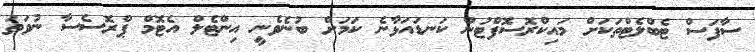
ސާފަސް ޓެބްލެޓްތަކަށް މައިކްރޮސޮފްޓުން ކަނޑައަޅާނެ ކަމަށް ބުނެވެނީ އިންޓެލް އެޓޮމް ޕްރޮސެސާ ނުވަތަ